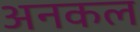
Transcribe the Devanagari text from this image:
अनकल